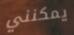
يمكنني